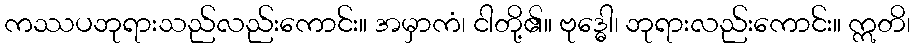
ကဿပဘုရားသည်လည်းကောင်း။ အမှာကံ၊ ငါတို့၏။ ဗုဒ္ဓေါ၊ ဘုရားလည်းကောင်း။ ဣတိ၊